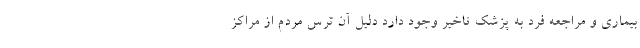
بیماری و مراجعه فرد به پزشک تاخیر وجود دارد دلیل آن ترس مردم از مراکز